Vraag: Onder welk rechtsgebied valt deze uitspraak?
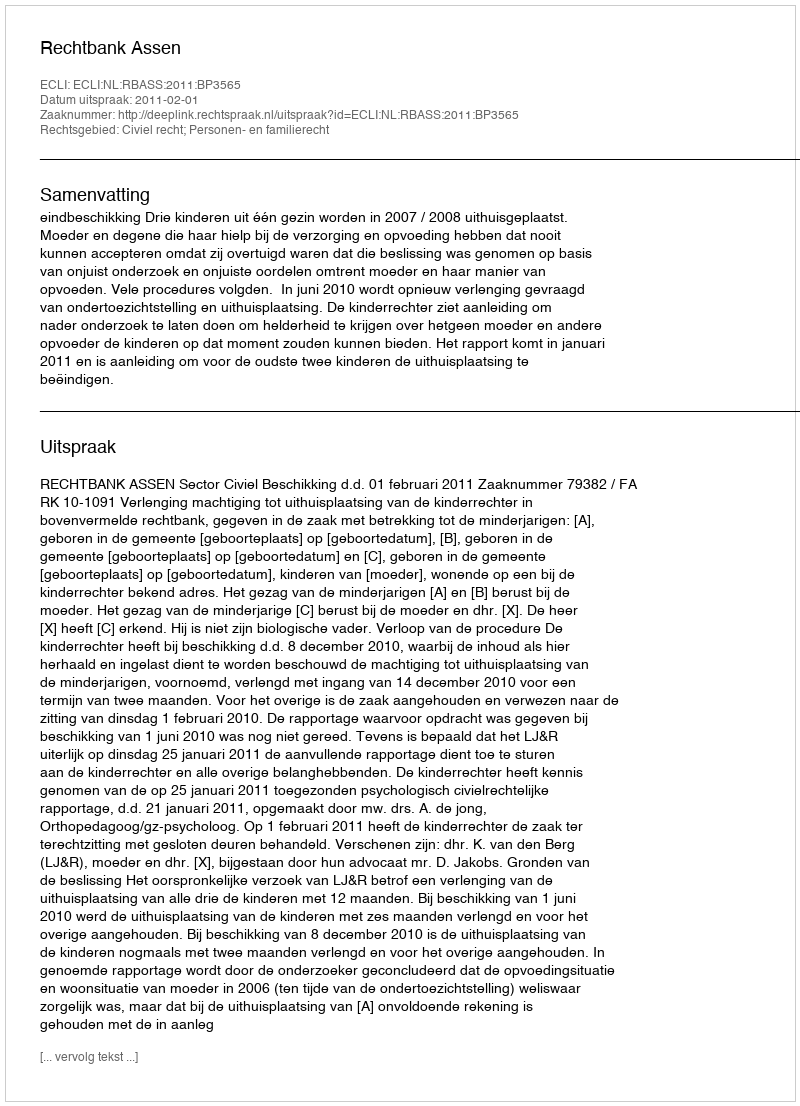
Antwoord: Civiel recht; Personen- en familierecht